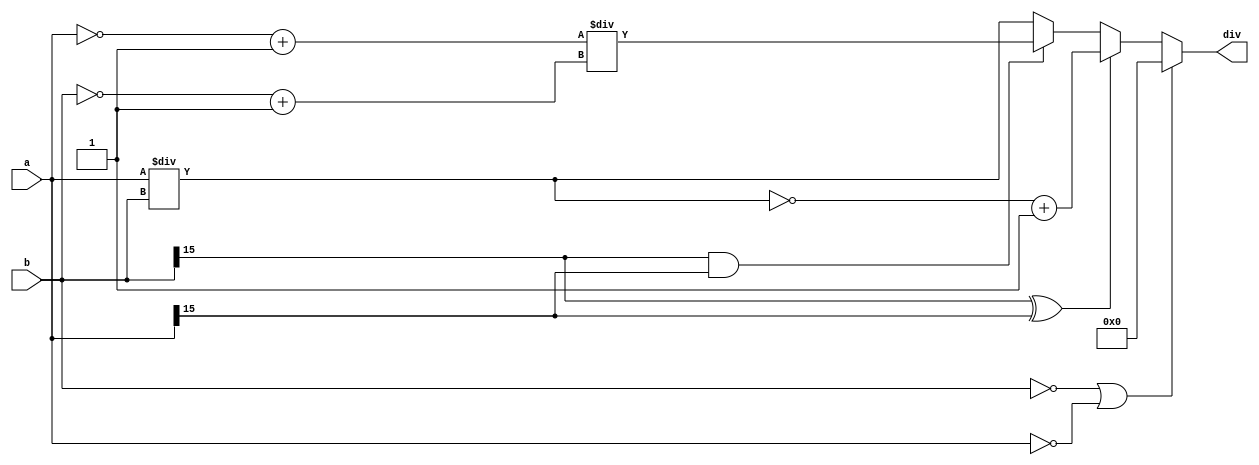
/*
   This file was generated automatically by the Mojo IDE version B1.3.6.
   Do not edit this file directly. Instead edit the original Lucid source.
   This is a temporary file and any changes made to it will be destroyed.
*/

module division_65 (
    input [15:0] a,
    input [15:0] b,
    output reg [15:0] div
  );
  
  
  
  reg [15:0] divisor;
  
  reg [15:0] dividend;
  
  reg [15:0] quo;
  
  always @* begin
    divisor = b;
    dividend = a;
    if ((divisor == 16'h0000) || (dividend == 16'h0000)) begin
      quo = 16'h0000;
    end else begin
      if ((divisor[15+0-:1] == 1'h1) ^ (dividend[15+0-:1] == 1'h1)) begin
        quo = dividend / divisor;
        quo = ~quo + 1'h1;
      end else begin
        if ((divisor[15+0-:1] == 1'h1) & (dividend[15+0-:1] == 1'h1)) begin
          divisor = ~b + 1'h1;
          dividend = ~a + 1'h1;
          quo = dividend / divisor;
        end else begin
          quo = dividend / divisor;
        end
      end
    end
    div = quo;
  end
endmodule